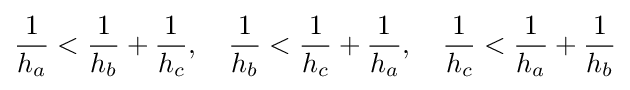
{\frac {1}{h_{a}}}<{\frac {1}{h_{b}}}+{\frac {1}{h_{c}}},\quad {\frac {1}{h_{b}}}<{\frac {1}{h_{c}}}+{\frac {1}{h_{a}}},\quad {\frac {1}{h_{c}}}<{\frac {1}{h_{a}}}+{\frac {1}{h_{b}}}